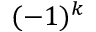
( - 1 ) ^ { k }